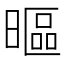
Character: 𣉾